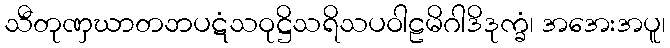
သီတုဏှဃာတဘပဋံသဝုဋ္ဌိသရိသပဝါဠမိဂါဒိဒုက္ခံ၊ အအေးအပူ၊